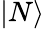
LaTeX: \vert N\rangle